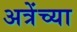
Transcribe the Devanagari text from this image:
अत्रेंच्या